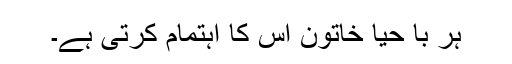
ہر با حیا خاتون اس کا اہتمام کرتی ہے۔